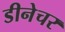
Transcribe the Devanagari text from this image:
डीनेचर